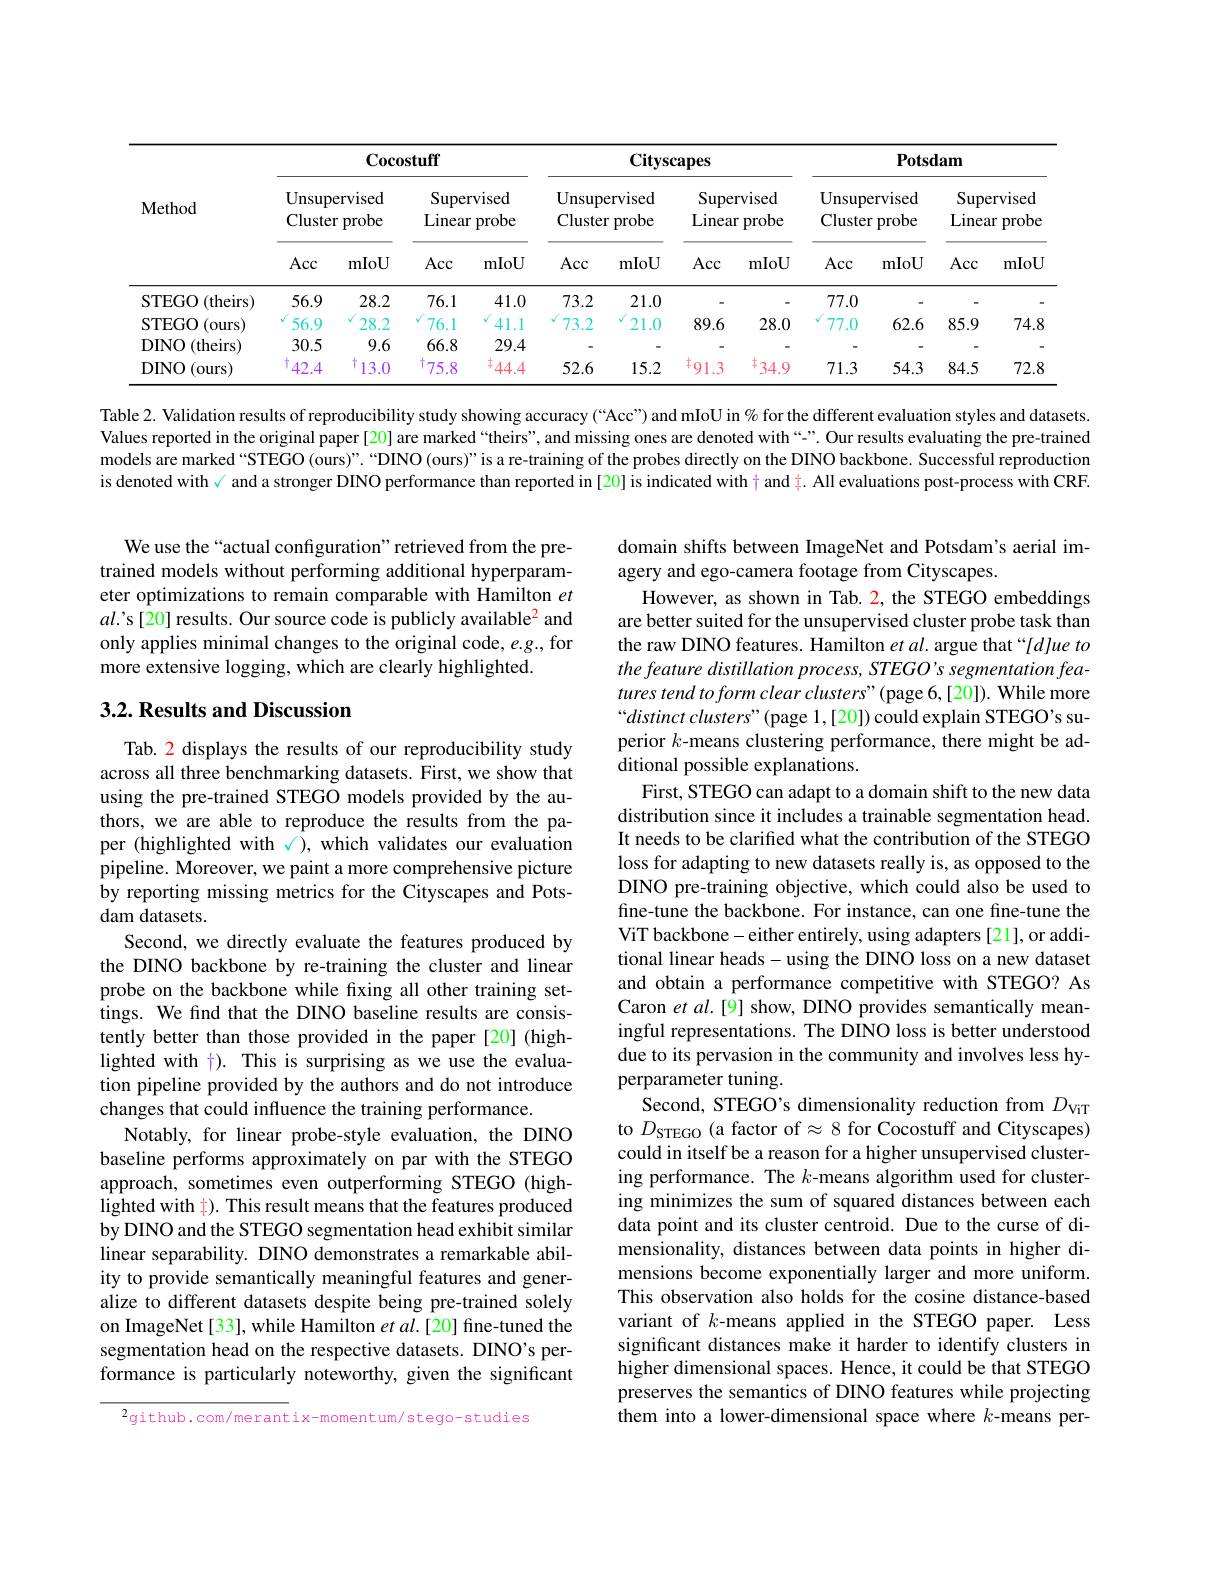
<table>
	<tbody>
		<tr>
			<th rowspan="3">$\mathbf{Method}$</th>
			<th colspan="4">Cocostuff</th>
			<th colspan="4">Cityscapes</th>
			<th colspan="4">$\mathbf{P}_{0}\mathbf{t}\mathbf{s}\mathbf{d}\mathbf{am}$</th>
		</tr>
		<tr>
			<th colspan="2">Unsupervised Cluster probe</th>
			<th colspan="2">$\operatorname{Supervised}$ Linear p probe</th>
			<th colspan="2">${\mathrm{Unsupervised}}$ Cluster probe</th>
			<th colspan="2">Supervised Linear p probe</th>
			<th colspan="2">${\mathrm{Unsupervised}}$ Cluster probe</th>
			<th colspan="2">Supervised Linear probe</th>
		</tr>
		<tr>
			<th>Acc</th>
			<th>mIoU</th>
			<th>Acc</th>
			<th>mIoU</th>
			<th>Acc</th>
			<th>mIoU</th>
			<th>Acc</th>
			<th>mIoU</th>
			<th>Acc</th>
			<th>mIoU</th>
			<th>Acc</th>
			<th>mIoU</th>
		</tr>
		<tr>
			<td>STEGO ${\mathrm{~(theirs)}}$</td>
			<td>56.9</td>
			<td>28.2</td>
			<td>76.1</td>
			<td>41.0</td>
			<td>73.2</td>
			<td>21.0</td>
			<td> </td>
			<td> </td>
			<td>77.0</td>
			<td> </td>
			<td>1</td>
			<td> </td>
		</tr>
		<tr>
			<td>STEGO (ours)</td>
			<td>56.9</td>
			<td>28.2</td>
			<td>76.1</td>
			<td>41.1</td>
			<td>73.2</td>
			<td>21.0</td>
			<td>89.6</td>
			<td>28.0</td>
			<td>77.0</td>
			<td>62.6</td>
			<td>85.9</td>
			<td>74.8</td>
		</tr>
		<tr>
			<td>DINO (theirs)</td>
			<td>30.5</td>
			<td>9.6</td>
			<td>66.8</td>
			<td>29.4</td>
			<td> </td>
			<td> </td>
			<td> </td>
			<td> </td>
			<td> </td>
			<td> </td>
			<td> </td>
			<td> </td>
		</tr>
		<tr>
			<td>DINO (ours)</td>
			<td>42.4</td>
			<td>十 13.0</td>
			<td>75.8</td>
			<td>土 44.4</td>
			<td>52.6</td>
			<td>15.2</td>
			<td>丰 91.3</td>
			<td>十 34.9 1</td>
			<td>71.3</td>
			<td>54.3</td>
			<td>84.5</td>
			<td>72.8</td>
		</tr>
	</tbody>
</table>

Table 2. Validation results of reproducibility study showing accuracy(“Acc”) and mIoU in $\%$ for the different evaluation styles and datasets. Values reported in the original paper [20] are marked “theirs”, and missing ones are denoted with“". Our results evaluating the pre-trained models are marked“STEGO (ours)”:“DINO (ours)”is a re-training of the probes directly on the DINO backbone. Successful reproduction is denoted with√ and a stronger DINO performance than reported in[20] is indicated with $\dagger$ and $\ddagger.$ All evaluations post-process with CRF.

We use the“actual configuration”retrieved from the pretrained models without performing additional hyperparameter optimizations to remain comparable with Hamilton et $al$.'s[20] results. Our source code is publicly available$^{\color{red}2}$ and only applies minimal changes to the original code, e.g., for more extensive logging, which are clearly highlighted.

## 3.2. Results and Discussion

domain shifts between ImageNet and Potsdam's aerial im-
agery and ego-camera footage from Cityscapes.
However, as shown in Tab. 2, the STEGO embeddings are better suited for the unsupervised cluster probe task than the raw DINO features. Hamilton et al. argue that“[d]ue to the feature distillation process, STEGO's segmentation features tend to form clear clusters"( page 6,[20]). While more “distinct clusters" (page 1,[20]) could explain STEGO's superior $k$-means clustering performance, there might be additional possible explanations.
First, STEGO can adapt to a domain shift to the new data distribution since it includes a trainable segmentation head. It needs to be clarified what the contribution of the STEGO loss for adapting to new datasets really is, as opposed to the DINO pre-training objective, which could also be used to fine-tune the backbone. For instance, can one fine-tune the ViT backbone- either entirely, using adapters [21], or additional linear heads-using the DINO loss on a new dataset and obtain a performance competitive with STEGO? As Caron et $al.[9]$ show, DINO provides semantically meaningful representations. The DINO loss is better understood due to its pervasion in the community and involves less hyperparameter tuning.
Second, STEGO's dimensionality reduction from $D_\mathrm{ViT}$ to $D_{\mathrm{STEGO}}$ (a factor of $\approx8$ for Cocostuff and Cityscapes) could in itself be a reason for a higher unsupervised clustering performance. The $k$-means algorithm used for clustering minimizes the sum of squared distances between each data point and its cluster centroid. Due to the curse of dimensionality, distances between data points in higher dimensions become exponentially larger and more uniform. This observation also holds for the cosine distance-based variant of $k$-means applied in the STEGO paper. Less significant distances make it harder to identify clusters in higher dimensional spaces. Hence, it could be that STEGO preserves the semantics of DINO features while projecting $\hat{\text{them into a lower-dimensional space where }k}$-means per-

Tab. 2 displays the results of our reproducibility study across all three benchmarking datasets. First, we show that using the pre-trained STEGO models provided by the authors, we are able to reproduce the results from the paper (highlighted with $\checkmark)$, which validates our evaluation pipeline. Moreover, we paint a more comprehensive picture by reporting missing metrics for the Cityscapes and Potsdam datasets.
Second, we directly evaluate the features produced by the DINO backbone by re-training the cluster and linear probe on the backbone while fixing all other training settings. We find that the DINO baseline results are consistently better than those provided in the paper [20] (highlighted with $\color{red}{\dagger}).$ This is surprising as we use the evaluation pipeline provided by the authors and do not introduce changes that could influence the training performance.
Notably, for linear probe-style evaluation, the DINO baseline performs approximately on par with the STEGO approach, sometimes even outperforming STEGO (highlighted with $\color{red}{\pm}).$ This result means that the features produced by DINO and the STEGO segmentation head exhibit similar linear separability. DINO demonstrates a remarkable ability to provide semantically meaningful features and generalize to different datasets despite being pre-trained solely on ImageNet [33], while Hamilton $et$ al.[20] fine-tuned the segmentation head on the respective datasets. DINO's performance is particularly noteworthy, given the significant

$^{2}$github.com/merantix-momentum/stego-studies